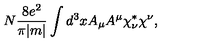
N \frac { 8 e ^ { 2 } } { \pi | m | } \int d ^ { 3 } x A _ { \mu } A ^ { \mu } \chi _ { \nu } ^ { * } \chi ^ { \nu } ,